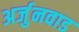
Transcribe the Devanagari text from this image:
अर्जुनवाड